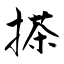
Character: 搽